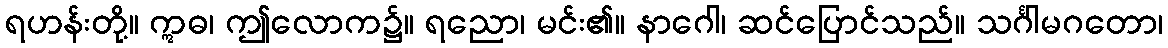
ရဟန်းတို့။ ဣဓ၊ ဤလောက၌။ ရညော၊ မင်း၏။ နာဂေါ၊ ဆင်ပြောင်သည်။ သင်္ဂါမဂတော၊